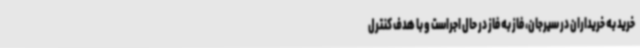
خرید به خریداران در سیرجان، فاز به فاز در حال اجراست و با هدف کنترل